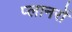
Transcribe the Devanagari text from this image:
प्लानरों